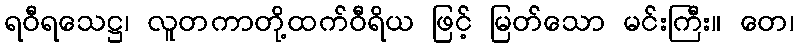
ရဝီရသေဋ္ဌ၊ လူတကာတို့ထက်ဝီရိယ ဖြင့် မြတ်သော မင်းကြီး။ တေ၊